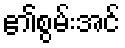
၏စွမ်းအင်